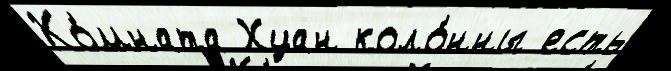
Ко́мната Хуан коло́нны есть